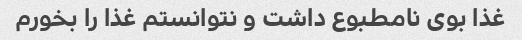
غذا بوی نامطبوع داشت و نتوانستم غذا را بخورم